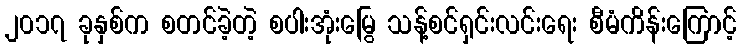
၂၀၁၇ ခုနှစ်က စတင်ခဲ့တဲ့ စပါးအုံးမြွေ သန့်စင်ရှင်းလင်းရေး စီမံကိန်းကြောင့်